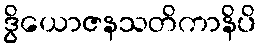
ဒွိယောဇနသတိကာနိပိ